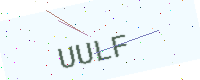
Text: UULF